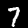
Digit: 7